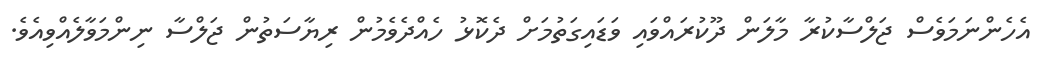
އެހެންނަމަވެސް ޖަލްސާކުރާ މާލަން ދޫކުރައްވައި ވަޑައިގަތުމަށް ދެކޮޅު ހެއްދެވެމުން ރިޔާސަތުން ޖަލްސާ ނިންމަވާލެއްވިއެވެ.